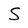
Character: S